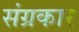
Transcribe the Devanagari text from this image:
संग्रकार